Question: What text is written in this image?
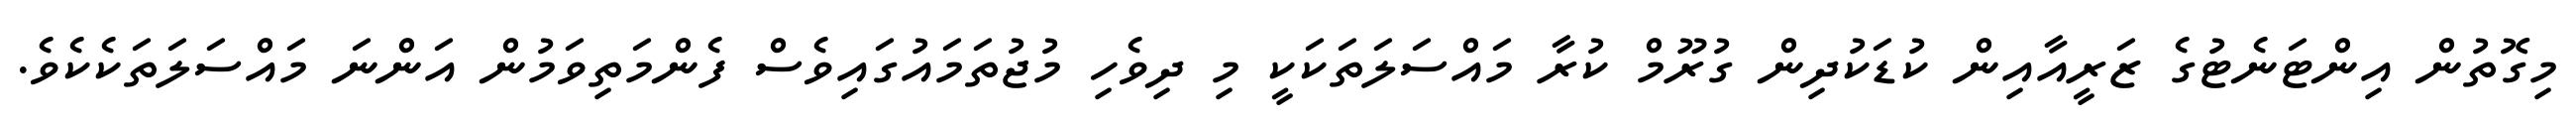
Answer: މިގޮތުން އިންޓަނެޓުގެ ޒަރީއާއިން ކުޑަކުދިން ގުރޫމް ކުރާ މައްސަލަތަކަކީ މި ދިވެހި މުޖުތަމައުގައިވެސް ފެންމަތިވަމުން އަންނަ މައްސަލަތަކެކެވެ.